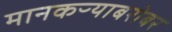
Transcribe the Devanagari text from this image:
मानकऱ्याबरोबर